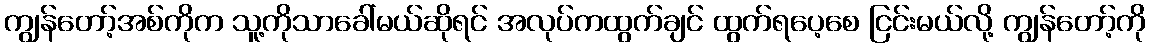
ကျွန်တော့်အစ်ကိုက သူ့ကိုသာခေါ်မယ်ဆိုရင် အလုပ်ကထွက်ချင် ထွက်ရပေ့စေ ငြင်းမယ်လို့ ကျွန်တော့်ကို